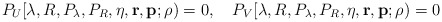
\begin{align*}P_U[\lambda,R,P_\lambda,P_R,\eta,{\mathbf r},{\mathbf p};\rho) = 0,\quad P_V[\lambda,R,P_\lambda,P_R,\eta,{\mathbf r},{\mathbf p};\rho) = 0\end{align*}